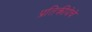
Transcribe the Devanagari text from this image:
प्रतिक्रीयेचे